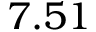
7 . 5 1